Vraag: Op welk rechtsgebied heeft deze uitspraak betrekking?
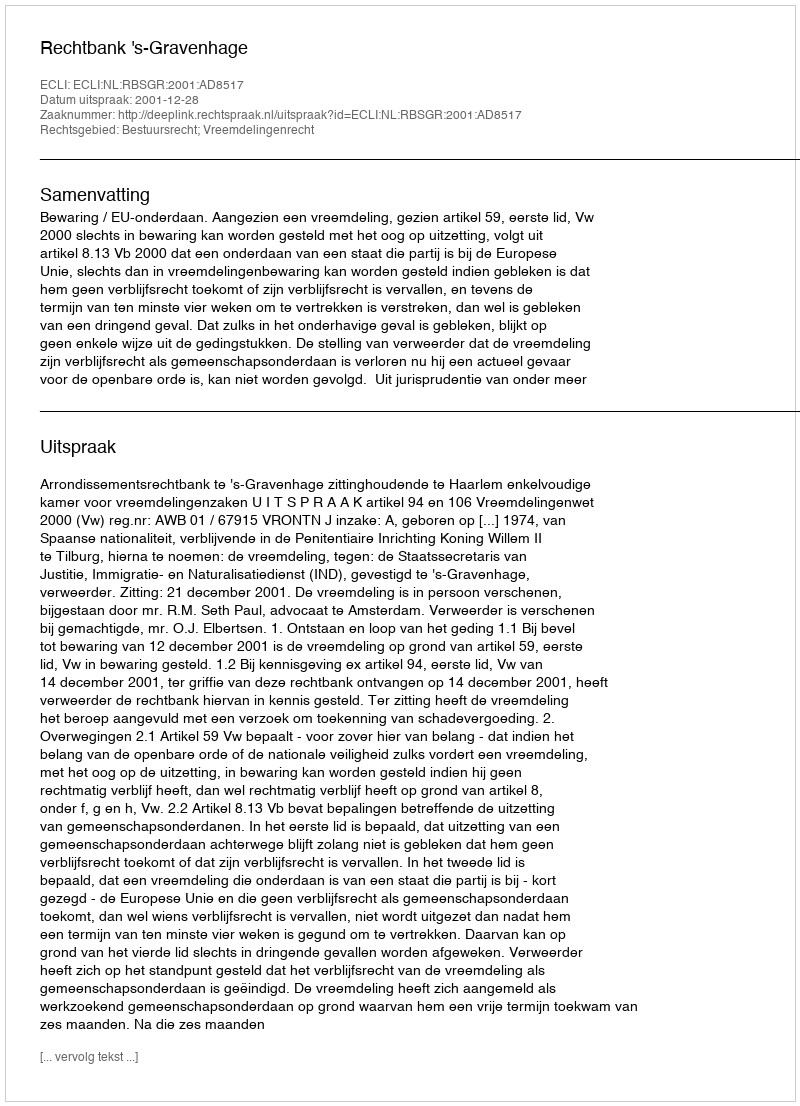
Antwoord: Bestuursrecht; Vreemdelingenrecht